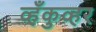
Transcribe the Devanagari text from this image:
व्हँकुव्हर